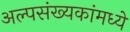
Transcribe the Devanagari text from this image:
अल्पसंख्यकांमध्ये